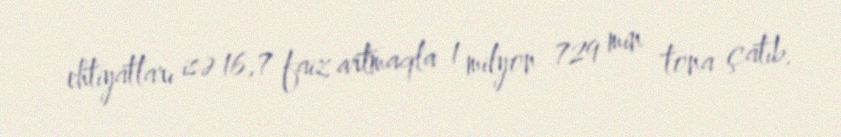
ehtiyatları isə 16,7 faiz artmaqla 1 milyon 729 min tona çatıb.